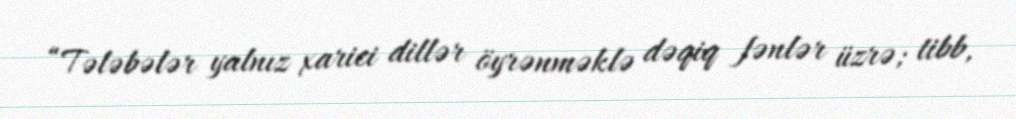
“Tələbələr yalnız xarici dillər öyrənməklə dəqiq fənlər üzrə; tibb,